Leaving Certificate Examination (including Day School Certificate (Higher) General paper), 1937
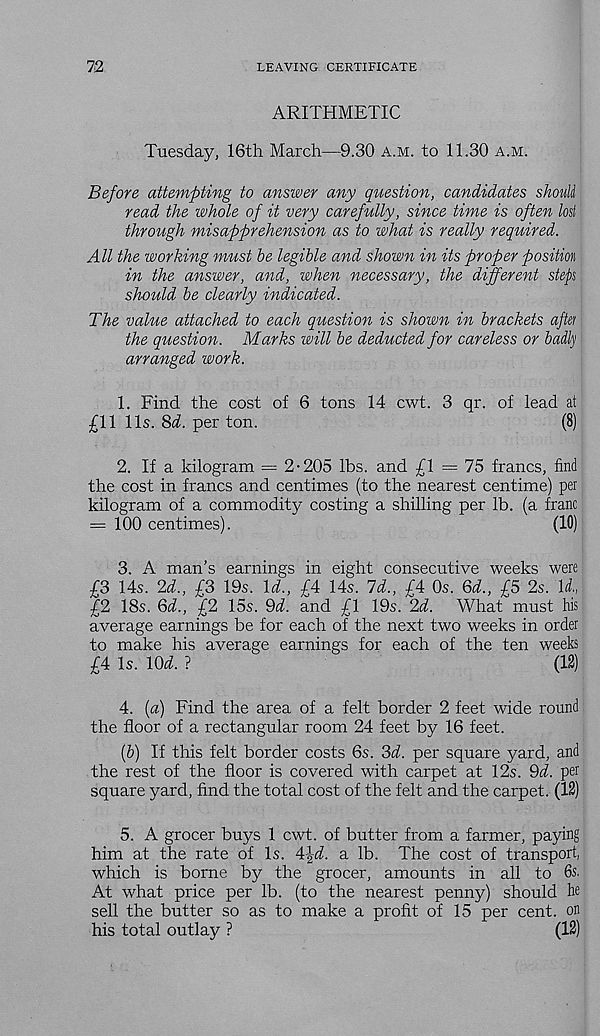
72
LEAVING CERTIFICATE
ARITHMETIC
Tuesday, 16th March—9.30 a.m. to 11.30 a.m.
Before attempting to answer any question, candidates shoull
read the whole of it very carefully, since time is often lost
through misapprehension as to what is really required.
All the working must be legible and shown in its proper position
in the answer, and, when necessary, the different step
should be clearly indicated.
The value attached to each question is shown in brackets afiet
the question. Marks will be deducted for careless or badly
arranged work.
1. Find the cost of 6 tons 14 cwt. 3 qr. of lead at
£11 11s. 8d. per ton.
(8)
2. If a kilogram = 2-205 lbs. and £1 = 75 francs, find
the cost in francs and centimes (to the nearest centime) per
kilogram of a commodity costing a shilling per lb. (a franc
= 100 centimes).
(10)
3. A man’s earnings in eight consecutive weeks were
£3 14s. 2d., £3 19s. Id., £4 14s. Id., £4 0s. 6d., £5 2s. Id.,
£2 18s. 6d., £2 15s. 9d. and £1 19s. 2d. What must his
average earnings be for each of the next two weeks in order
to make his average earnings for each of the ten weeks
£4 Is. lOd. ?
(12)
4. (a) Find the area of a felt border 2 feet wide round
the floor of a rectangular room 24 feet by 16 feet.
(b) If this felt border costs 6s. 3d. per square yard, and
the rest of the floor is covered with carpet at 12s. 9d. per
square yard, find the total cost of the felt and the carpet. (12)
5. A grocer buys 1 cwt. of butter from a farmer, paying
him at the rate of Is. 4^d. a lb. The cost of transport,
which is borne by the grocer, amounts in all to 6s.
At what price per lb. (to the nearest penny) should he
sell the butter so as to make a profit of 15 per cent, on
his total outlay ?
(12)